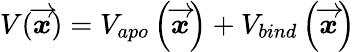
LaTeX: V(\overrightarrow{\mathbfit{x}})=V_{apo}\left(\overrightarrow{\mathbfit{x}}\right)+V_{bind}\left(\overrightarrow{\mathbfit{x}}\right)